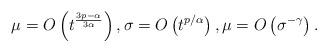
LaTeX: \begin{align*} \mu = O\left(t^{\frac{3p-\alpha}{3\alpha}} \right), \sigma = O\left(t^{p/\alpha} \right), \mu = O\left( \sigma^{-\gamma} \right). \end{align*}